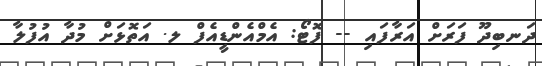
ދަނބިދޫ ފަރަށް އަރާފައި -- ފޮޓޯ: އެމްއެންޑީއެފް ލ. އަތޮޅަށް މުދާ އުފުލާ